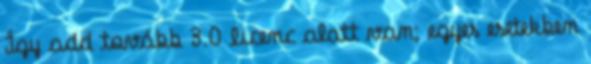
Így add tovább 3.0 licenc alatt van; egyes esetekben